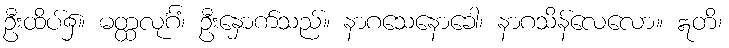
ဦးထိပ်၌။ မတ္ထလုင်္ဂံ၊ ဦးနှောက်သည်။ နာဂသေနောခေါ၊ နာဂသိန်လေလော။ ဣတိ၊